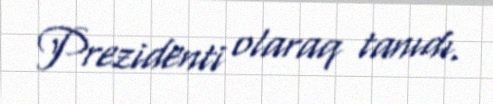
Prezidenti olaraq tanıdı.